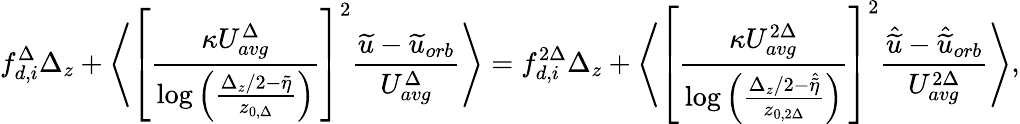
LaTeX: {f_{d,i}^{\Delta}}\Delta_{z}+\left\langle\left[\frac{\kappa U_{avg}^{\Delta}}{\log\left(\frac{\Delta_{z}/2-\widetilde{\eta}}{z_{0,\Delta}}\right)}\right]^{2}\frac{\widetilde{u}-\widetilde{u}_{orb}}{U_{avg}^{\Delta}}\right\rangle={f_{d,i}^{2\Delta}}\Delta_{z}+\left\langle\left[\frac{\kappa U_{avg}^{2\Delta}}{\log\left(\frac{\Delta_{z}/2-\widehat{\widetilde{\eta}}}{z_{0,2\Delta}}\right)}\right]^{2}\frac{\hat{\widetilde{u}}-\hat{\widetilde{u}}_{orb}}{U_{avg}^{2\Delta}}\right\rangle,